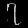
Digit: ၇